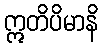
ဣတိပိမာနိ